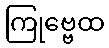
ကြုဗ္ဗေထ